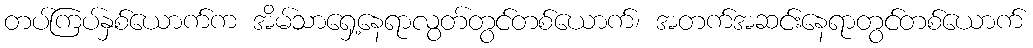
တပ်ကြပ်နှစ်ယောက်က အိမ်သာရှေ့နေရာလွတ်တွင်တစ်ယောက်၊ အတက်အဆင်းနေရာတွင်တစ်ယောက်